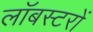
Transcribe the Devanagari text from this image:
लॉबस्टरों